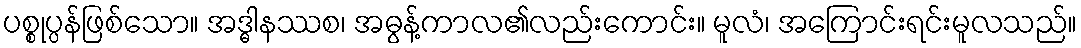
ပစ္စုပ္ပန်ဖြစ်သော။ အဒ္ဓါနဿစ၊ အဓွန့်ကာလ၏လည်းကောင်း။ မူလံ၊ အကြောင်းရင်းမူလသည်။